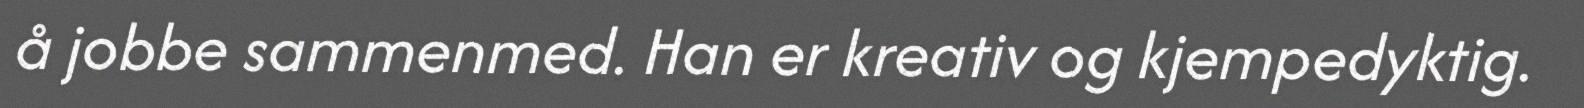
å jobbe sammenmed. Han er kreativ og kjempedyktig.